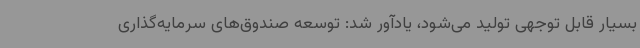
بسیار قابل توجهی تولید می‌شود، یادآور شد: توسعه صندوق‌های سرمایه‌گذاری